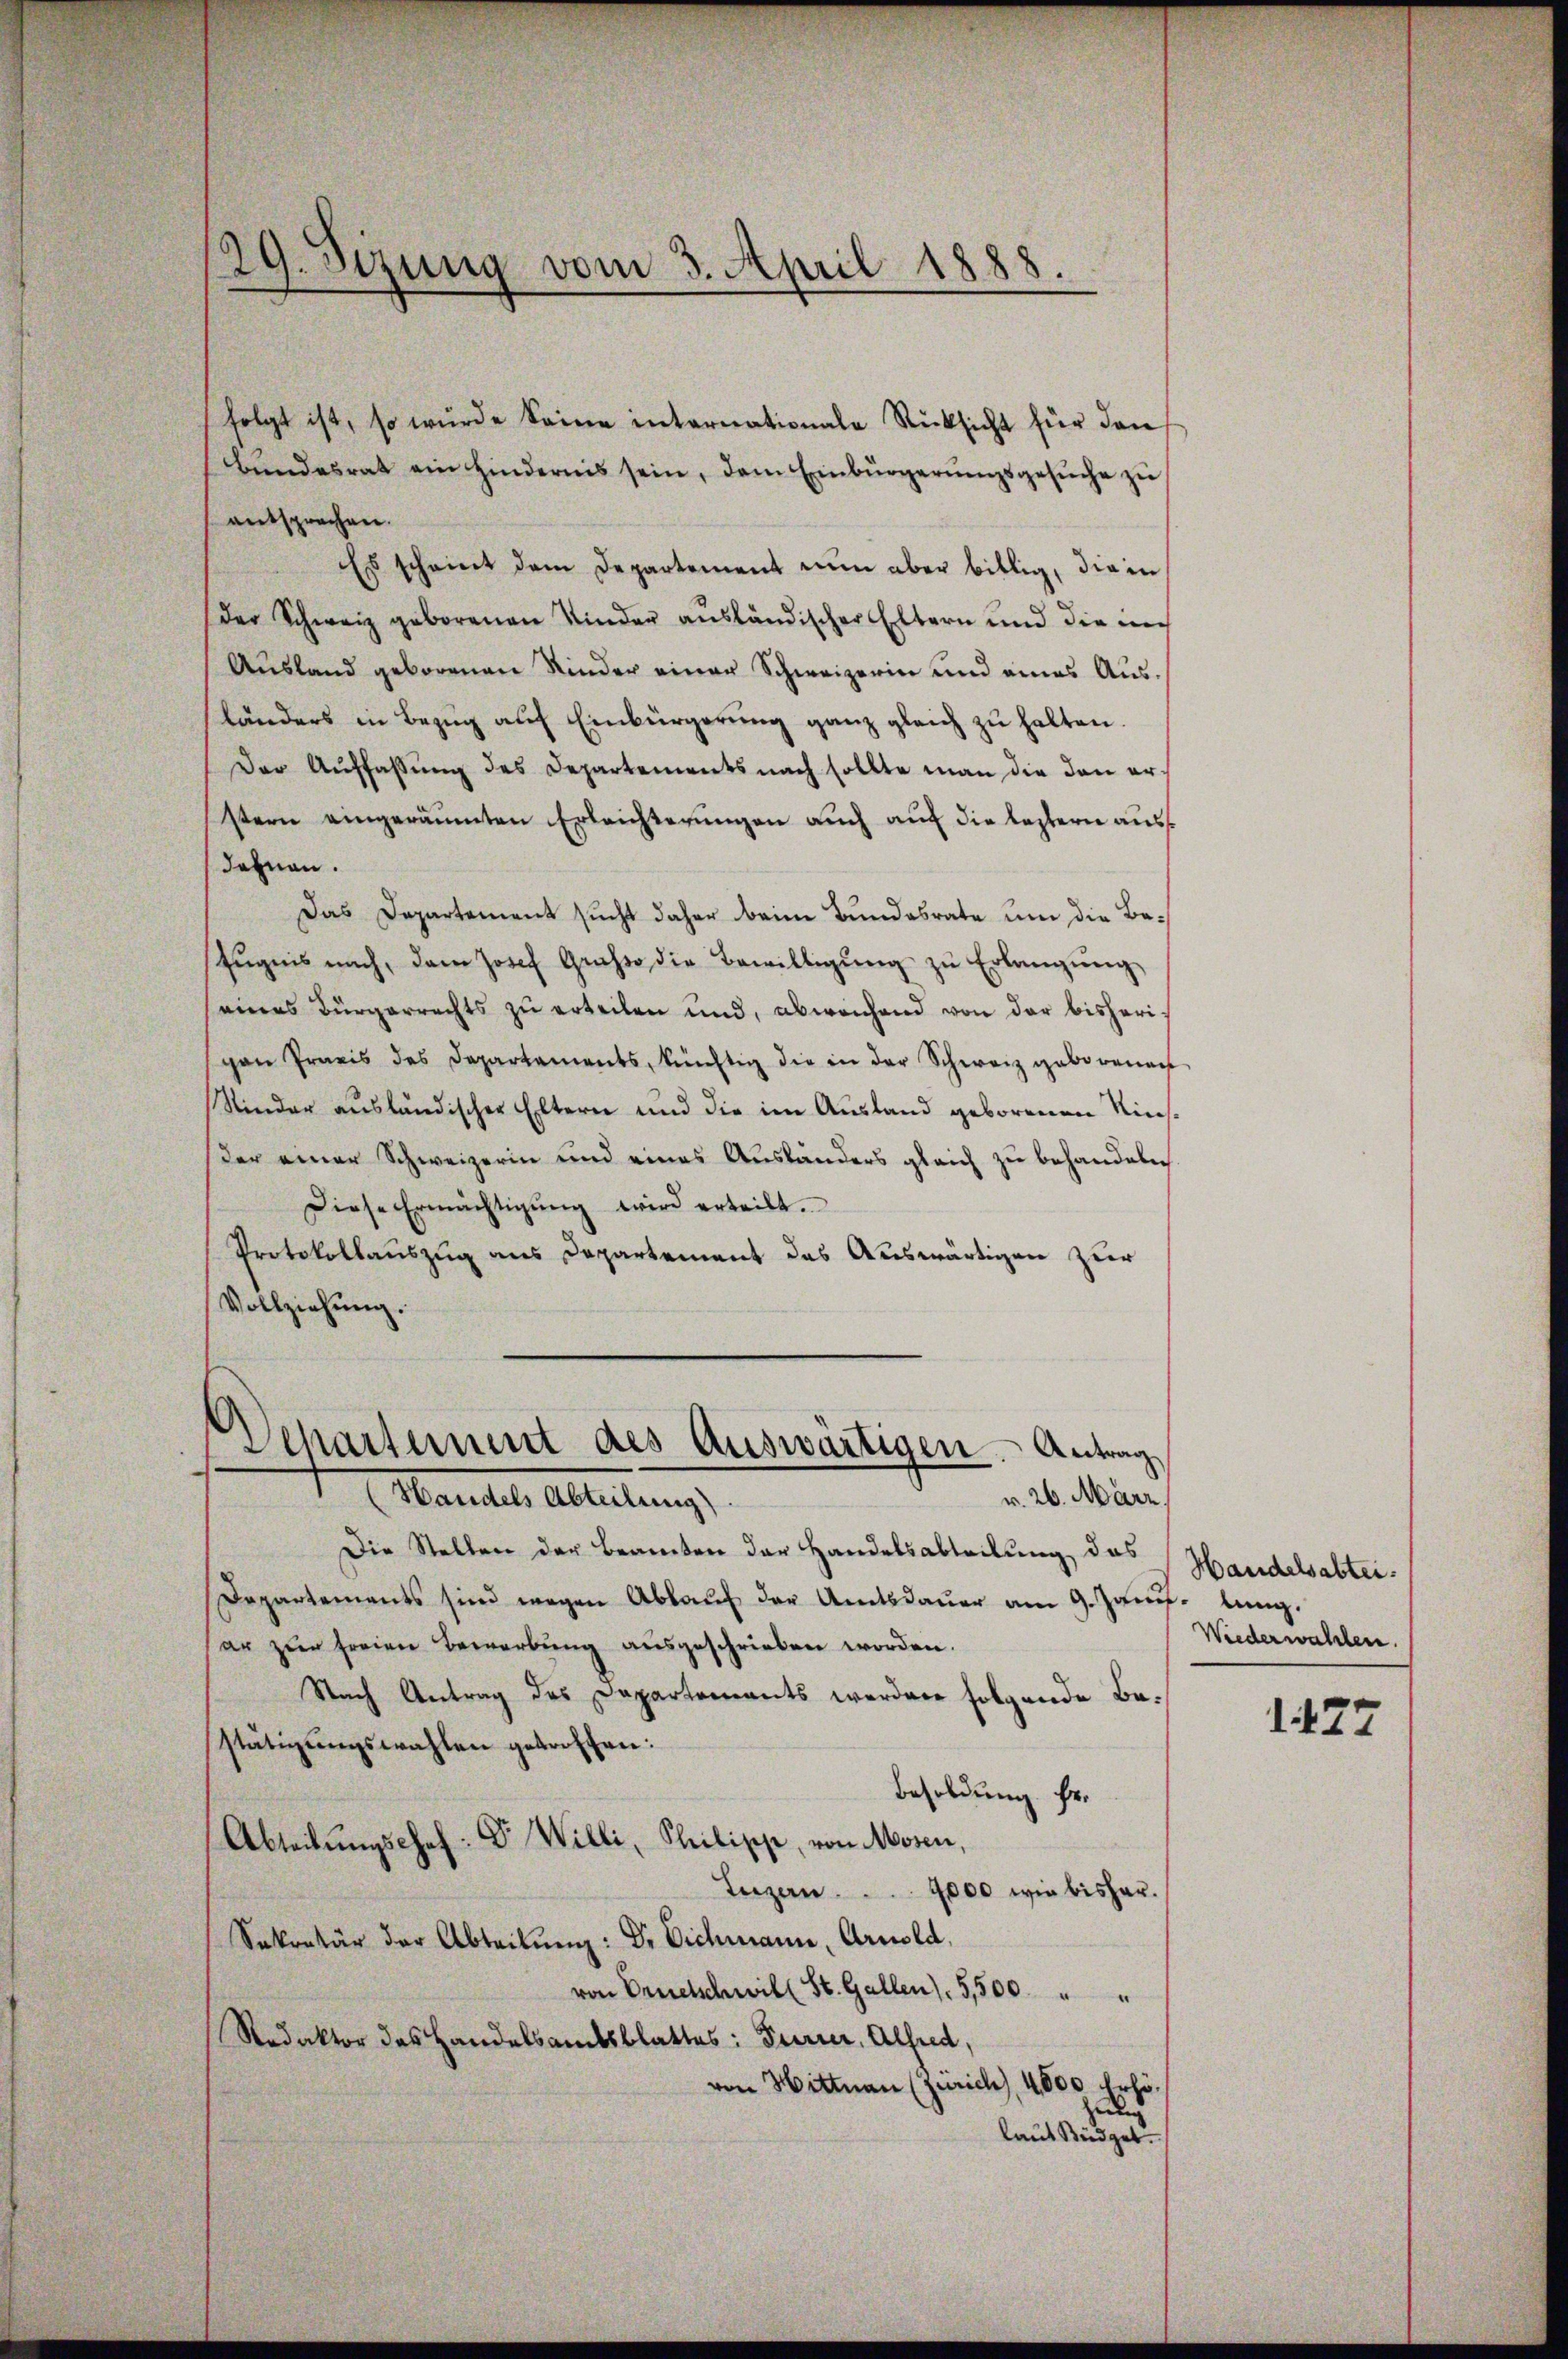
29. Sizung vom 3. April 1888.

Bŭndesrat ein hindernis sein, dem Einbürgerŭngsgesŭche zŭ
entsprechen.
Es scheint dem Departement nun aber billig, die in
Der Schweiz geborenen Kinder ausländischer Eltern und die nich
Ausland geborenen Kinder einer Schweizerin und eines Ausländers in Bezug auf Einbürgerung ganz gleich zu halten.
Der Auffassung des Departements nach sollte man die den erstern eingeräumten Erleichterungen auch auf die leztern ausdahnen.
Das Departement sucht daher beim Bundesrate um die Be¬
Eŭgnis nach, dann Josef Gruss die Bewilligŭng zu Erlangung
eines Bürgerrechts zu erteilen und, abweichend von der bisheripan Praxis des Departements, künftig die in der Schweiz geborenen
Stinder ausländischer Eltern und die im Ausland geborenen Riesder einer Schweizerin und eines Ausländers gleich zu behandeln.
Diese Ermächtigŭng wird erteilt.
Protokollauszug aus Departement das Auswärtigen zur
Vollziehung.
Departement des Auswärtigen. Antrag

folgt ist, so würde seine internationale Rücksicht für den

v. 26. März
(Handels Abteilung)

Die Stellen der Beamten der Handelsabteilung das
Departements sind wegen Ablaŭf der Amtsdaŭer am 9. Janis lang.
ar zur freien Bewerbung ausgeschrieben worden.
Nach Antrag des Departements werden folgende Bestätigungswahlen getroffen:
Besoldung Fr.
Abteilungschaf: Dr. Willi, Philippe, von Mosen,
Luzern . . . . 4000 wir bisher.
Sekretär der Abteilŭng: Dr. Eichmann, Arnold,
von Ernelschwill St. Gallen) 5,500 " "
Redaktor das Handelsamtsblattes: Furrer, Alfred,
von Hittnau (Zürich), 4000 Erhöung
laut Büdget.

Handelsabtei
Wiederwahlen.
1427